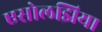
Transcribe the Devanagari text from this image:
एसोलझिया